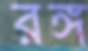
রঙ্গ